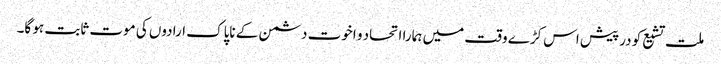
ملت تشیع کو درپیش اس کڑے وقت میں ہمارا اتحاد و اخوت دشمن کے ناپاک ارادوں کی موت ثابت ہو گا۔